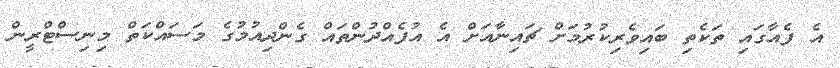
އެ ފެއާގައި ތަކެތި ބައިވެރިކުރުމަށް ޗައިނާއަށް އެ އުފެއްދުންތައް ގެންދިއުމުގެ މަސައްކަތް މިނިސްޓްރީން